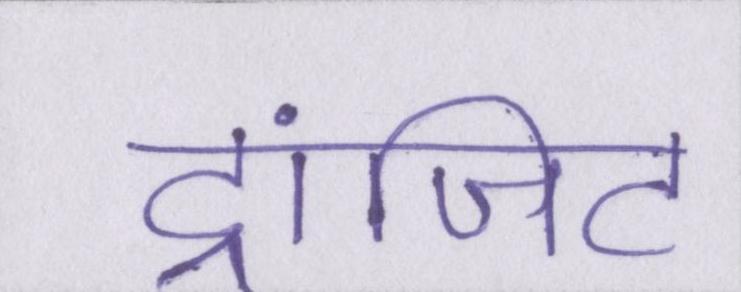
ट्रांजिट